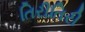
તિરીતિરી